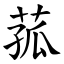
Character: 菰